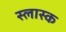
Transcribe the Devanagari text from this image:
स्लास्क